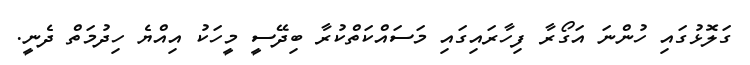
ގަލޮޅުގައި ހުންނަ އަގޯރާ ފިހާރައިގައި މަސައްކަތްކުރާ ބިދޭސީ މީހަކު އިއްޔެ ހިދުމަތް ދެނީ.